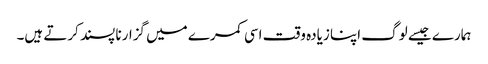
ہمارے جیسے لوگ اپنا زیادہ وقت اسی کمرے میں گزارنا پسند کرتے ہیں۔